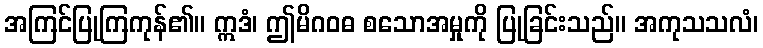
အကြင်ပြုကြကုန်၏။ ဣဒံ၊ ဤမိဂဝဓ စသောအမှုကို ပြုခြင်းသည်။ အကုသသလံ၊